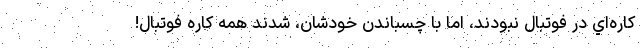
كاره‌اي در فوتبال نبودند، اما با چسباندن خودشان، شدند همه كاره فوتبال!